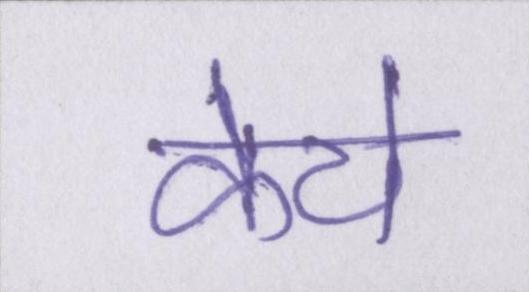
केये